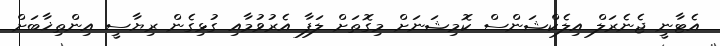
އެޓާނީ ޖެނެރަލް އިލެކްޝަންސް ކޮމިޝަނަށް މިގޮތަށް ލަފާ އެރުވުމާއި ގުޅިގެން ރިޔާސީ އިންތިޚާބަށް